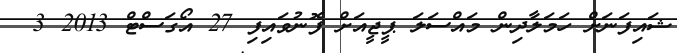
ޝައިފަނަށް ހަމަލާދިން މައްސަލަ ޕީޖީއަށް ފޮނުވައިފި 27 އޯގަސްޓް 2013 3